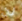
لن